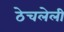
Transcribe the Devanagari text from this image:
ठेचलेली